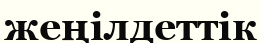
жеңілдеттік